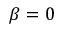
\beta = 0